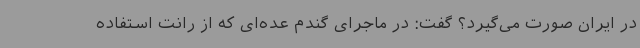
در ایران صورت می‌گیرد؟ گفت: در ماجرای گندم عده‌ای که از رانت استفاده